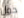
حول